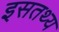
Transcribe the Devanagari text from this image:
इसतथ्य